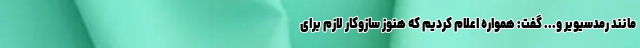
مانند رمدسیویر و... گفت: همواره اعلام کردیم که هنوز سازوکار لازم برای